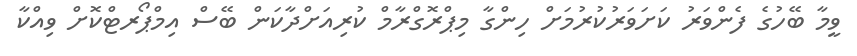
ވީމާ ބޭހުގެ ފެންވަރު ކަށަވަރުކުރުމަށް ހިންގާ މިޕްރޮގްރާމް ކުރިއަށްދާކަން ބޭސް އިމްޕޯރޓްކޮށް ވިއްކާ